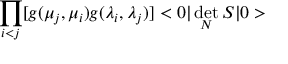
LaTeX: \prod _ { i < j } [ g ( \mu _ { j } , \mu _ { i } ) g ( \lambda _ { i } , \lambda _ { j } ) ] < 0 | \operatorname * { d e t } _ { N } S | 0 >